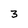
Character: 3